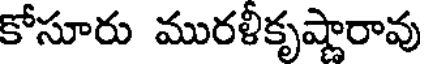
కోసూరు మురళీకృష్ణారావు